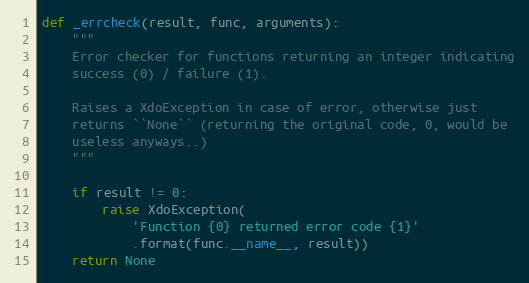
Language: Python
def _errcheck(result, func, arguments):
    """
    Error checker for functions returning an integer indicating
    success (0) / failure (1).

    Raises a XdoException in case of error, otherwise just
    returns ``None`` (returning the original code, 0, would be
    useless anyways..)
    """

    if result != 0:
        raise XdoException(
            'Function {0} returned error code {1}'
            .format(func.__name__, result))
    return None